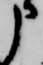
申